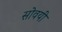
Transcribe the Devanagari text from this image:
सोवयी